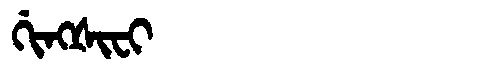
Manchu: ᡤᡳᠩᡧᡳᠸᡳ
Romanization: GINGŠIFI